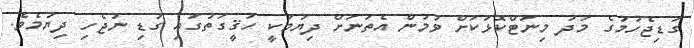
ގަޑިޖެހުމުގެ މަދު މިނަޓްކޮޅަކަށް ވުމުން އެތަނަށް ދިޔުމަކީ ހަޤީގަތުގައި ގަޑި ނުޖެހި ދިޔުމެވެ.